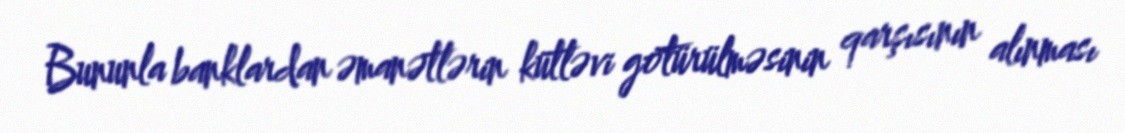
Bununla banklardan əmanətlərin kütləvi götürülməsinin qarşısının alınması